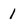
Character: 1